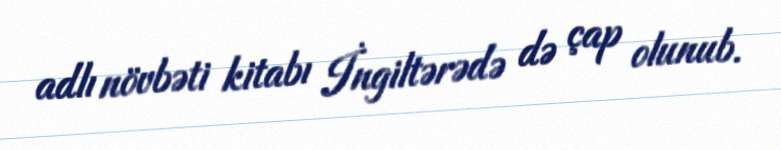
adlı növbəti kitabı İngiltərədə də çap olunub.